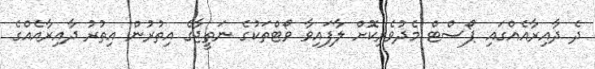
ދެ ދާއިރާއެއްގައި ޕޯސްޓް މެދުވެރިކޮށް ލާފައިވާ ވޯޓްތަކުގެ ނަތީޖާގެ އިތުރުން އިތުރު ދާއިރާއެއްގެ